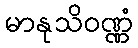
မာနုသိဝဏ္ဏံ